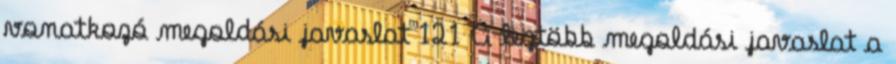
vonatkozó megoldási javaslat 121 A legtöbb megoldási javaslat a